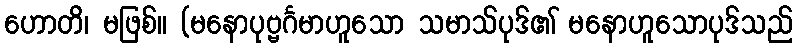
ဟောတိ၊ မဖြစ်။ (မနောပုဗ္ဗင်္ဂမာဟူသော သမာသ်ပုဒ်၏ မနောဟူသောပုဒ်သည်